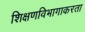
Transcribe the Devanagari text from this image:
शिक्षणविभागाकरता